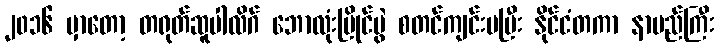
၂၀၁၆ မှာတော့ တရုတ်ဆူပါလိဂ် ဘောလုံးပြိုင်ပွဲ စတင်ကျင်းပပြီး နိုင်ငံတကာ နာမည်ကြီး